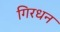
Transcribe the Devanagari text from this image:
गिरधन